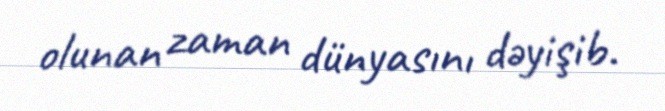
olunan zaman dünyasını dəyişib.